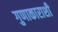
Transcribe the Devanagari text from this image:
गुणाकाराशी